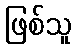
ဖြစ်သူ